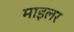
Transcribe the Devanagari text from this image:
माइलर